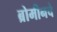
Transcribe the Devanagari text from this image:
ब्रोमीनचे